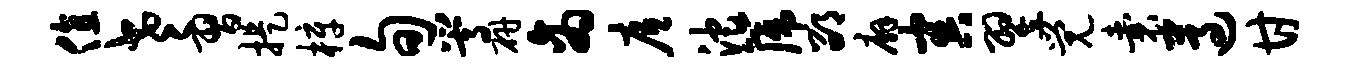
值老习提梓旬嵩研商底沱篪邵廨害翌觉囊遵甘